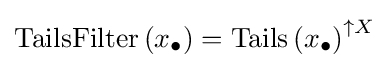
\operatorname {TailsFilter} \left(x_{\bullet }\right)=\operatorname {Tails} \left(x_{\bullet }\right)^{\uparrow X}